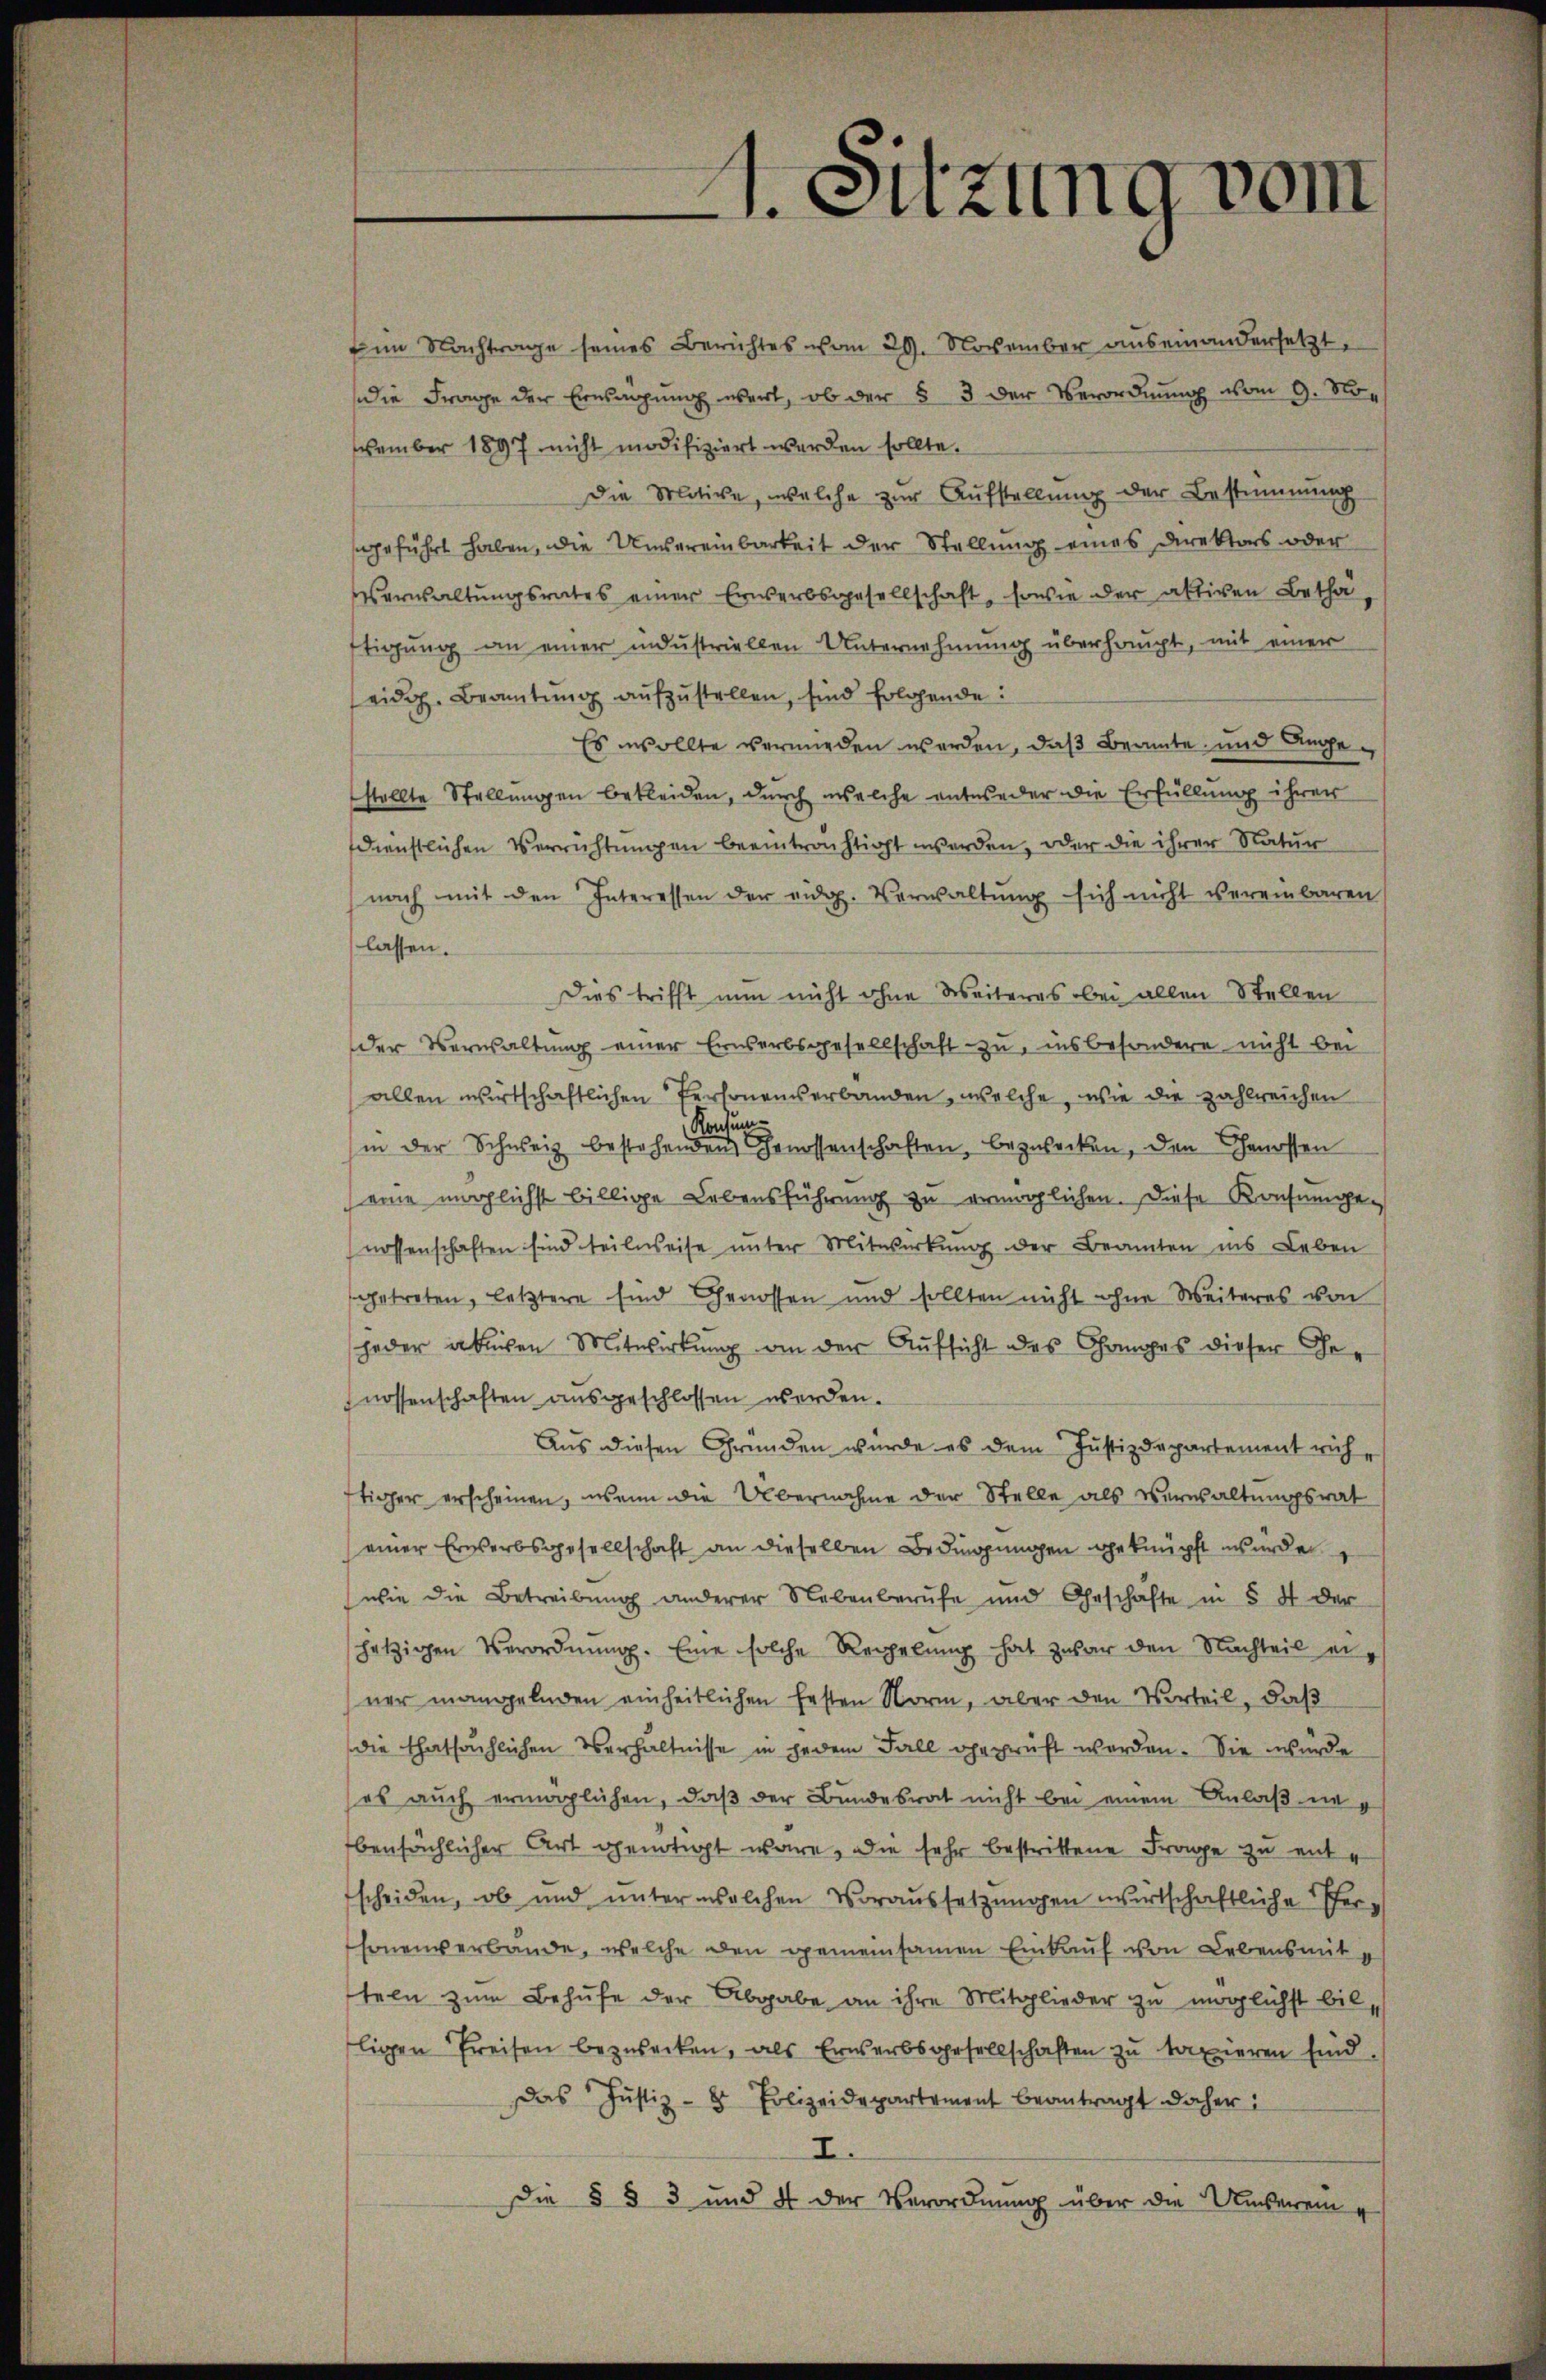
vember 1897 nicht modifiziert werden sollte.

1. Sitzung vom

im Nachtrage seines Berichtes vom 29. November auseinandersetzt.
die Frage der Erwägung wert, ob der § 3 der Verordnung vom 9. No¬
Die Motive, welche zŭr Aŭfstellŭng der Bestimmung
geführt haben, die Unsereinbarkeit der Stellung eines Direktors oder
Verwaltungsrates einer Erwerbsgesellschaft, sowie der aktiven Betha,
ftigung an einer industriellen Unternehmung überhaupt, mit einer
eidg. Beamtŭng aŭfzŭstellen, sind folgende:
Es wollte vermieden werden, daß Beamte, und Angestellte Stellungen bekleiden, durch welche entweder die Erfüllung ihrer
dienstlichen Verrichtungen beeintrachtigt werden, oder die ihrer Natur
nach mit den Interessen der eidg. Verwaltung sich nicht vereinbaren
lassen.
Dies trifft nun nicht ohne Weiteres bei allen Stellen
der Verwaltung einer Erwerbsgesellschaft zu, insbesondere nicht bei
allen wirtschaftlichen Personenserbanden, welche, wie die zahlreichen
Consung
in der Schweiz bestehenden Genossenschaften, bezwecken, den Genossen
(eine möglichst billige Lebensführŭng zŭ ermöglichen. Diese Konsumge-
nossenschaften sind teilweise unter Mitwirkung der Beamten ins Leben
getreten, letztere sind Genossen und sollten nicht ohne Weiteres von
jeder ablichen Mitwirkung an der Aufsicht des Ganges dieser Genossenschaften ausgeschlossen werden.
Aus diesen Gründen würde es dem Justizdepartement richtiger erscheinen, wenn die Übernahme der Stelle als Verwaltungsrat
einer Erwerbsgesellschaft an dieselben Bedingungen geknüpft wurden
wie die Betreibung anderer Nebenberufe und Geschäfte in § 4 der
hetzigen Verordnŭng. Eine solche Regelŭng hat zwar den Nachteil einer mangelnden einheitlichen festen Norm, aber den Vorteil, daß
die thatsächlichen Verhältnisse in jedem Fall geprüft werden. Sie wurde
es auch ermöglichen, daß der Bundesrat nicht bei einem Anlaß nebensächlicher Art genötigt wäre, die sehr bestrittene Frage zu entscheiden, ob und unter welchen Voraussetzŭngen wirtschaftliche Ehersonenverbande, welche den gemeinsamen Einkauf von Lebensmit
teen zum Behufe der Abgabe an ihre Mitglieder zu möglichst billigen Preisen bezwecken, als Erwerbsgesellschaften zu taxieren sind,
Das Justiz- & Polizeidepartement beantragt daher:
I.
Die § § 3 und 4 der Verordnung über die Unserem